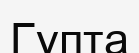
Гупта